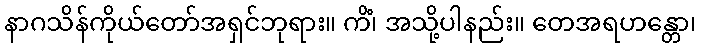
နာဂသိန်ကိုယ်တော်အရှင်ဘုရား။ ကိံ၊ အသို့ပါနည်း။ တေအရဟန္တော၊